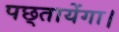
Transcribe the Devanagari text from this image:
पछ्तायेंगा।